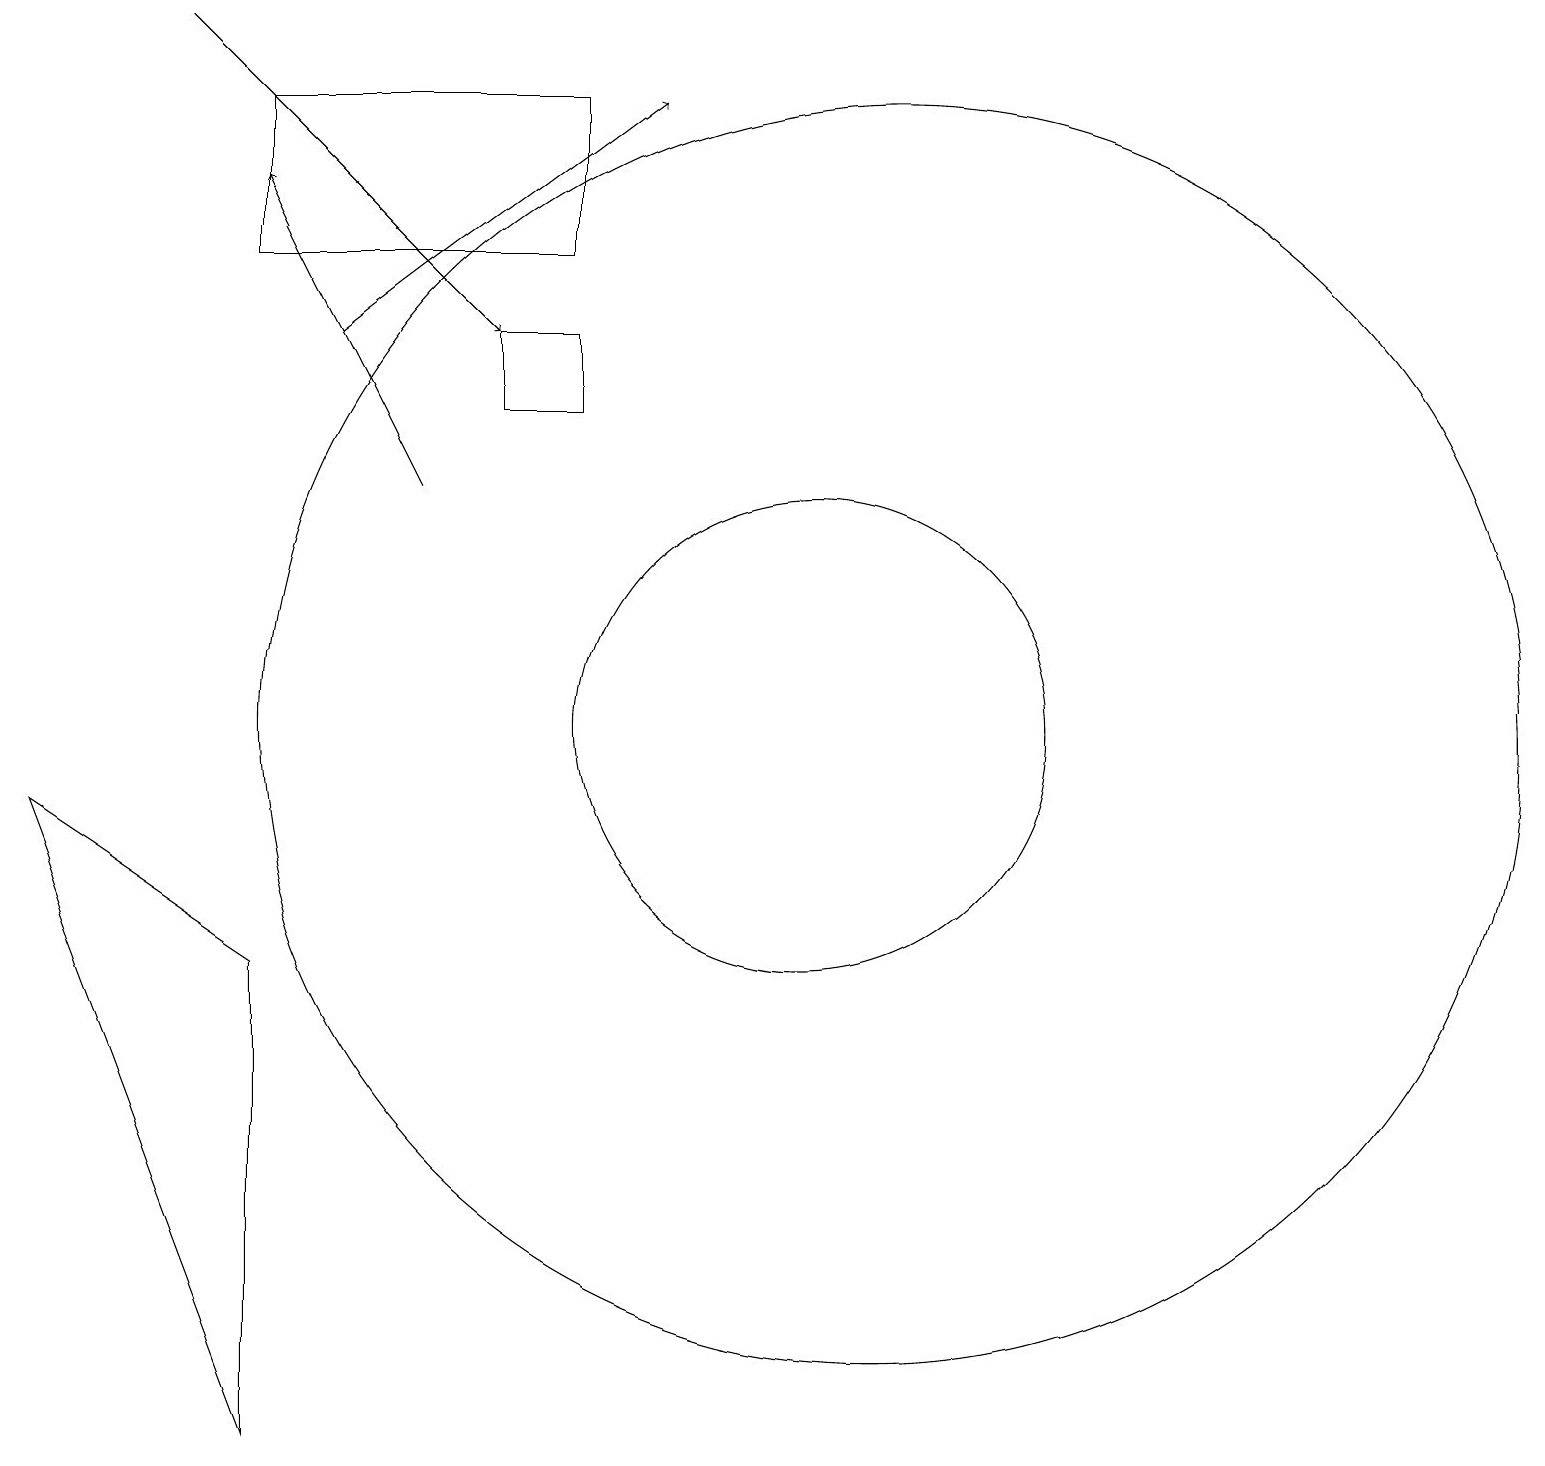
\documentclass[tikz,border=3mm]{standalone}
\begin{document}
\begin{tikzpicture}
\draw[->] (3,19) -- (7,15);
\draw[->] (6,13) -- (4,17);
\draw (11,10) circle (3);
\draw (12,10) circle (8);
\draw (4,16) rectangle (8,18);
\draw[->] (5,15) -- (9,18);
\draw (1,9) -- (4,7) -- (4,1) -- cycle;
\draw (7,14) rectangle (8,15);
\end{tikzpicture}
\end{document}